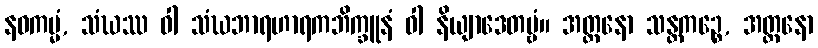
နဝကမ္မံ, သံဃဿ ဝါ သံဃဘာရဟာရကဘိက္ခူနံ ဝါ နိယျာဒေတဗ္ဗံ။ အတ္တနော သန္တကဉ္စေ, အတ္တနော